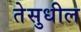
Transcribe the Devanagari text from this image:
तेसुधील